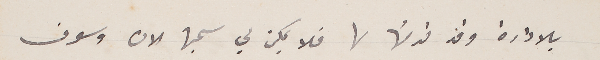
بالادارة وقد قدمتها لها فلا يمكن لي سحبها الان وسوف